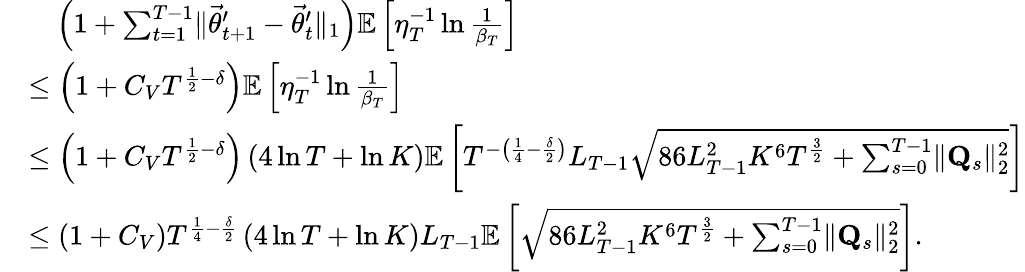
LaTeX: \begin{array}{rl}&{\quad\left(1+\sum_{t=1}^{T-1}\lVert\vec{\theta}_{t+1}^{\prime}-\vec{\theta}_{t}^{\prime}\rVert_{1}\right)\mathbb E\left[\eta_{T}^{-1}\ln\frac 1{\beta_{T}}\right]}\\ &{\le\left(1+C_{V}T^{\frac 12-\delta}\right)\mathbb E\left[\eta_{T}^{-1}\ln\frac 1{\beta_{T}}\right]}\\ &{\le\left(1+C_{V}T^{\frac 12-\delta}\right)\left(4\ln T+\ln K\right)\mathbb E\left[T^{-\left(\frac 14-\frac\delta 2\right)}L_{T-1}\sqrt{86L_{T-1}^{2}K^{6}T^{\frac 32}+\sum_{s=0}^{T-1}\lVert\mathbf Q_{s}\rVert_{2}^{2}}\right]}\\ &{\le\left(1+C_{V}\right)T^{\frac 14-\frac\delta 2}\left(4\ln T+\ln K\right)L_{T-1}\mathbb E\left[\sqrt{86L_{T-1}^{2}K^{6}T^{\frac 32}+\sum_{s=0}^{T-1}\lVert\mathbf Q_{s}\rVert_{2}^{2}}\right].}\end{array}